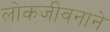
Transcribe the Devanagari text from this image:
लोकजीवनाने